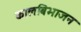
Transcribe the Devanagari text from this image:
कालबिभाजन